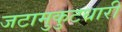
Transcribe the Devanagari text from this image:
जटामुकुटधारी